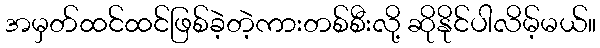
အမှတ်ထင်ထင်ဖြစ်ခဲ့တဲ့ကားတစ်စီးလို့ ဆိုနိုင်ပါလိမ့်မယ်။